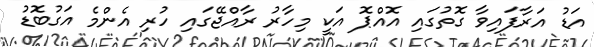
އަޑު އަރާފައިވާ ގޮތުގައި އޮއްޕޮ އަކީ މިހާރު ރާއްޖޭގައި ހުރި އެންމެ އަގުބޮޑު